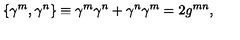
\{ \gamma ^ { m } , \gamma ^ { n } \} \equiv \gamma ^ { m } \gamma ^ { n } + \gamma ^ { n } \gamma ^ { m } = 2 g ^ { m n } ,